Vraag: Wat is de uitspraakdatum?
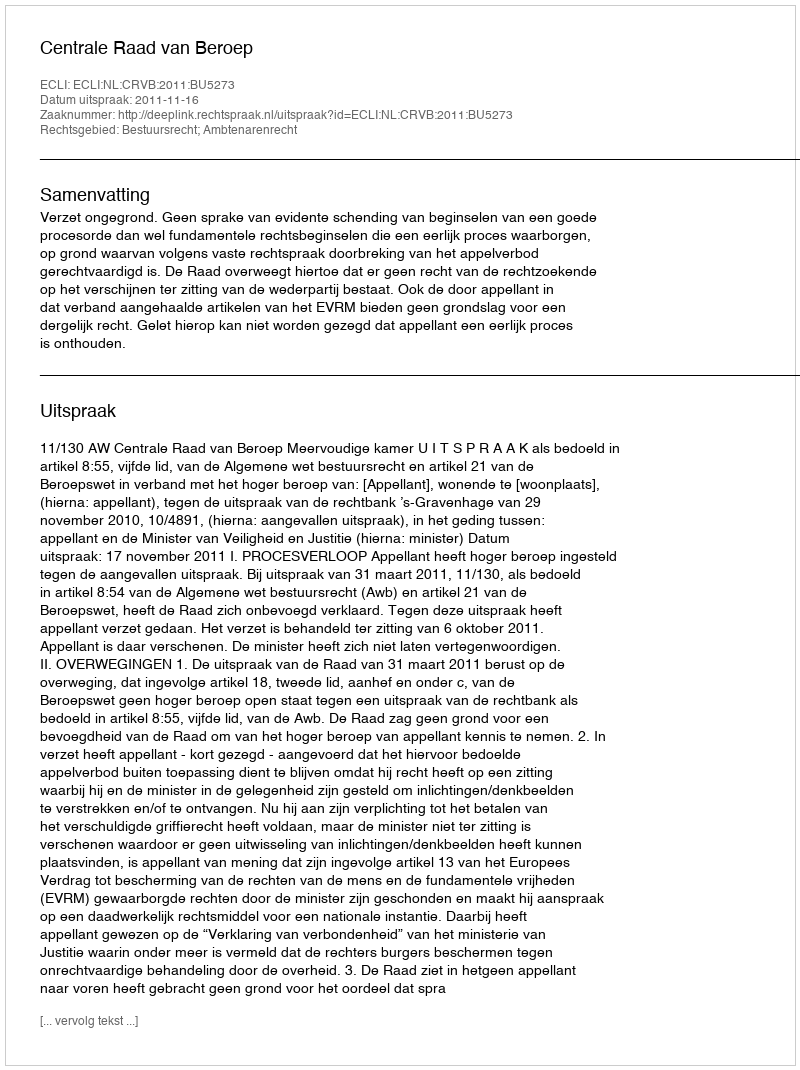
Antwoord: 2011-11-16